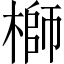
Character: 𬄁